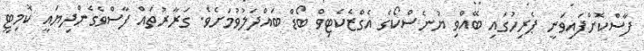
ފާސްކޮށްފައިވަނީ ޕެރިހުގައި ބޭއްވި ޔުނެސްކޯގެ އެގްޒެކެޓިވް ބޯޑް ބައްދަލުވުމަށެވެ. ގަރާރުތައް ފާސްވެގެންދިޔައީ ކޮމިޓީ